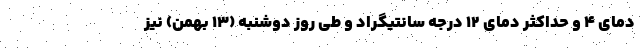
دمای ۴ و حداکثر دمای ۱۲ درجه سانتیگراد و طی روز دوشنبه (۱۳ بهمن) نیز